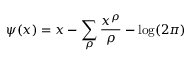
\psi ( x ) = x - \sum _ { \rho } { \frac { x ^ { \rho } } { \rho } } - \log ( 2 \pi )